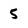
Character: 5